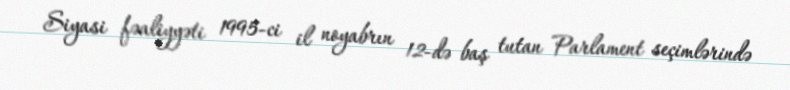
Siyasi fəaliyyəti 1995-ci il noyabrın 12-də baş tutan Parlament seçimlərində